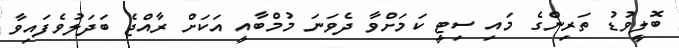
ބޮލީވުޑު ތަރިންގެ މައި ސިޓީ ކަމަށްވާ ދެވަނަ މުމްބާއީ އަކަށް ރާއްޖެ ބަދަލުވެފައިވާ